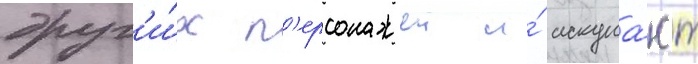
друг'и́х п'ерсонажеи и́ искупа́ют